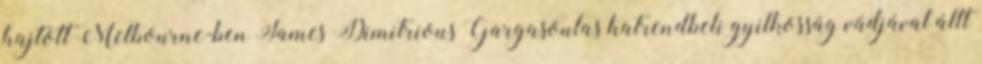
hajtott Melbourne-ben James Dimitrious Gargasoulas hatrendbeli gyilkosság vádjával állt